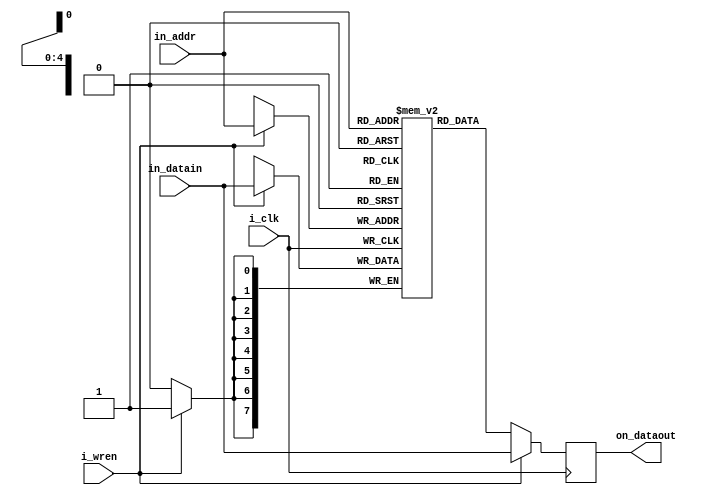
`timescale 1ns / 1ps

module bram
	#(
	parameter p_RAM_WIDTH = 8,	// word size
	parameter p_RAM_DEPTH = 32	// number of addresses
	)
	(
	input i_clk,
	input [$clog2(p_RAM_DEPTH)-1:0] in_addr,
	input [p_RAM_WIDTH-1:0] in_datain,
	input i_wren,
	
	output [p_RAM_WIDTH-1:0] on_dataout
	);

(* ram_style = "block" *) reg [p_RAM_WIDTH-1:0] rn_ram [p_RAM_DEPTH-1:0];

reg [p_RAM_WIDTH-1:0] rn_dataout;
assign on_dataout = rn_dataout;

// Xilinx claims a register will not be absorbed into BRAM when its initial value
//	is not declared as 0. The below initial block is supposedly synthesizable, but
//	unnecessary; Vivado's synthesis reports rn_ram is absorbed properly into BRAM
// and automatically initialized to 0. 
// https://support.xilinx.com/s/article/64049?language=en_US
//integer i = 0;
//initial begin: init_to_zero
//	for (i=0; i<p_RAM_DEPTH; i=i+1)
//		rn_ram[i] = {p_RAM_WIDTH{1'b0}};
//end // init_to_zero

always @(posedge i_clk) begin: bram_proc
	if (i_wren) begin
		rn_ram[in_addr] <= in_datain;
		rn_dataout <= in_datain;
	end else
		rn_dataout <= rn_ram[in_addr];
end // bram_proc

endmodule // bram